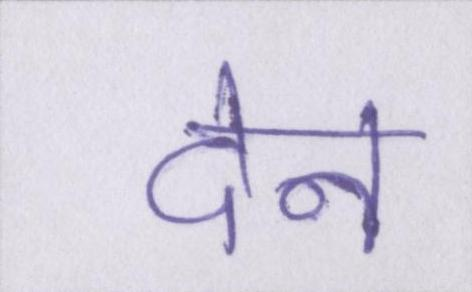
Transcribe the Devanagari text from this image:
देन